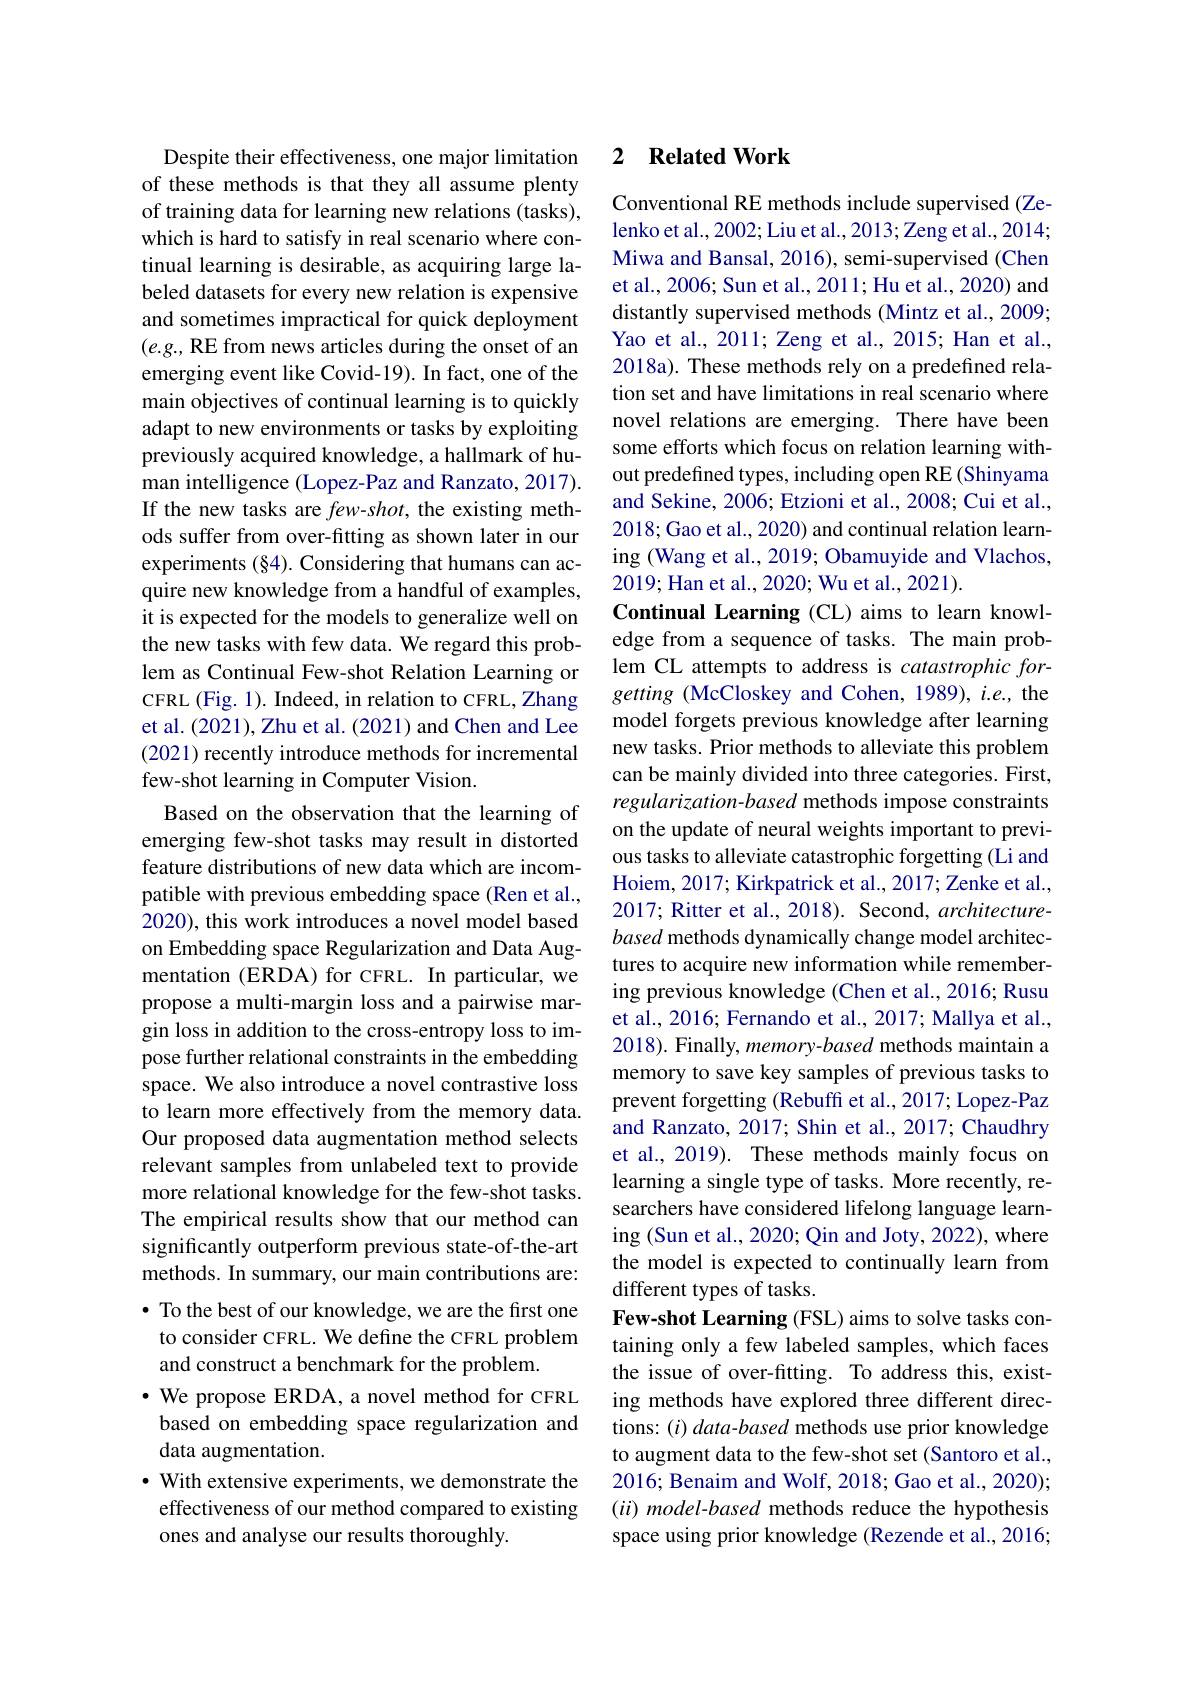
Despite their effectiveness, one major limitation of these methods is that they all assume plenty of training data for learning new relations (tasks), which is hard to satisfy in real scenario where continual learning is desirable, as acquiring large labeled datasets for every new relation is expensive and sometimes impractical for quick deployment $(e.g.$, RE from news articles during the onset of an emerging event like Covid-19). In fact, one of the main objectives of continual learning is to quickly adapt to new environments or tasks by exploiting previously acquired knowledge, a hallmark of human intelligence (Lopez-Paz and Ranzato, 2017). If the new tasks are few-shot, the existing methods suffer from over-fitting as shown later in our experiments (§4). Considering that humans can acquire new knowledge from a handful of examples, it is expected for the models to generalize well on the new tasks with few data. We regard this problem as Continual Few-shot Relation Learning or CFRL (Fig. 1). Indeed, in relation to CFRL, Zhang et al. (2021), Zhu et al. (2021) and Chen and Lee (2021) recently introduce methods for incremental few-shot learning in Computer Vision.
Based on the observation that the learning of emerging few-shot tasks may result in distorted feature distributions of new data which are incompatible with previous embedding space (Ren et al., 2020), this work introduces a novel model based on Embedding space Regularization and Data Augmentation (ERDA) for CFRL. In particular, we propose a multi-margin loss and a pairwise margin loss in addition to the cross-entropy loss to impose further relational constraints in the embedding space. We also introduce a novel contrastive loss to learn more effectively from the memory data. Our proposed data augmentation method selects relevant samples from unlabeled text to provide more relational knowledge for the few-shot tasks. The empirical results show that our method can significantly outperform previous state-of-the-art methods. In summary, our main contributions are: $\bullet$ To the best of our knowledge, we are the first one to consider CFRL. We define the CFRL problem and construct a benchmark for the problem.
$\bullet$ We propose ERDA, a novel method for CFRL based on embedding space regularization and data augmentation.
$\cdot$ With extensive experiments, we demonstrate the effectiveness of our method compared to existing ones and analyse our results thoroughly

### 2 $\textbf{Related Work}$

Conventional RE methods include supervised (Zelenko et al., 2002; Liu et al., 2013; Zeng et al., 2014; Miwa and Bansal, 2016), semi-supervised (Chen et al., 2006; Sun et al., 2011; Hu et al., 2020) and distantly supervised methods (Mintz et al., 2009; Yao et al., 2011; Zeng et al., 2015; Han et al., 2018a). These methods rely on a predefined relation set and have limitations in real scenario where novel relations are emerging. There have been some efforts which focus on relation learning without predefined types, including open RE (Shinyama and Sekine, 2006; Etzioni et al., 2008; Cui et al., 2018; Gao et al., 2020) and continual relation learning (Wang et al., 2019; Obamuyide and Vlachos, 2019; Han et al., 2020; Wu et al., 2021).
Continual Learning (CL) aims to learn knowledge from a sequence of tasks. The main problem CL attempts to address is catastrophic forgetting (McCloskey and Cohen, 1989), i.e., the model forgets previous knowledge after learning new tasks. Prior methods to alleviate this problem can be mainly divided into three categories. First, regularization-based methods impose constraints on the update of neural weights important to previous tasks to alleviate catastrophic forgetting (Li and Hoiem, 2017; Kirkpatrick et al., 2017; Zenke et al., 2017; Ritter et al., 2018). Second, $architecture-$ based methods dynamically change model architectures to acquire new information while remembering previous knowledge (Chen et al., 2016; Rusu et al., 2016; Fernando et al., 2017; Mallya et al., 2018). Finally, memory- based methods maintain a memory to save key samples of previous tasks to prevent forgetting (Rebuff et al., 2017; Lopez-Paz and Ranzato, 2017; Shin et al., 2017; Chaudhry et al., 2019). These methods mainly focus on learning a single type of tasks. More recently, researchers have considered lifelong language learning (Sun et al., 2020; Qin and Joty, 2022), where the model is expected to continually learn from different types of tasks.
Few-shot Learning (FSL) aims to solve tasks containing only a few labeled samples, which faces the issue of over-fitting. To address this, existing methods have explored three different directions: (i) data-based methods use prior knowledge to augment data to the few-shot set (Santoro et al., 2016; Benaim and Wolf, 2018; Gao et al., 2020); (ii) model-based methods reduce the hypothesis space using prior knowledge (Rezende et al., 2016;